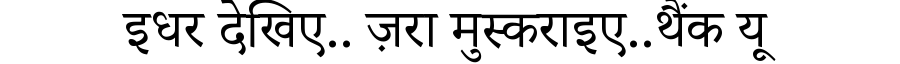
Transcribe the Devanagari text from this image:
इधर देखिए.. ज़रा मुस्कराइए..थैंक यू